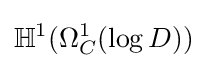
\mathbb {H} ^{1}(\Omega _{C}^{1}(\log D))